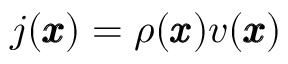
j ( \pmb { x } ) = \rho ( \pmb { x } ) v ( \pmb { x } )